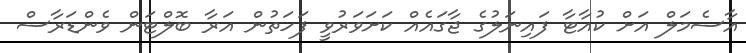
އާސެމަލް އަށް ކުއާޓާ ފައިނަލުގެ ޖާގައެއް ކަށަވަރުވީ ފަހަތުން އަރާ ބޮލްޓަން ވެންޑަރާސް